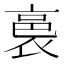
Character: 裛